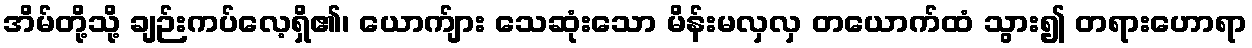
အိမ်တို့သို့ ချဉ်းကပ်လေ့ရှိ၏၊ ယောက်ျား သေဆုံးသော မိန်းမလှလှ တယောက်ထံ သွား၍ တရားဟောရာ